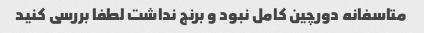
متاسفانه دورچین کامل نبود و برنج نداشت لطفا بررسی کنید